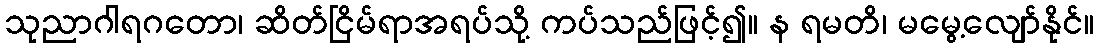
သုညာဂါရဂတော၊ ဆိတ်ငြိမ်ရာအရပ်သို့ ကပ်သည်ဖြင့်၍။ န ရမတိ၊ မမွေ့လျော်နိုင်။